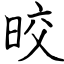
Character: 晈